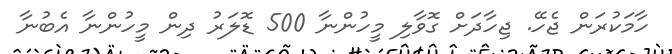
ހާމަކުރަން ޖެހޭ. ޖިހާދަށް ގޮވާލި މީހުންނާ 500 ޑޮލަރު ދިން މީހުންނާ އެބުނާ